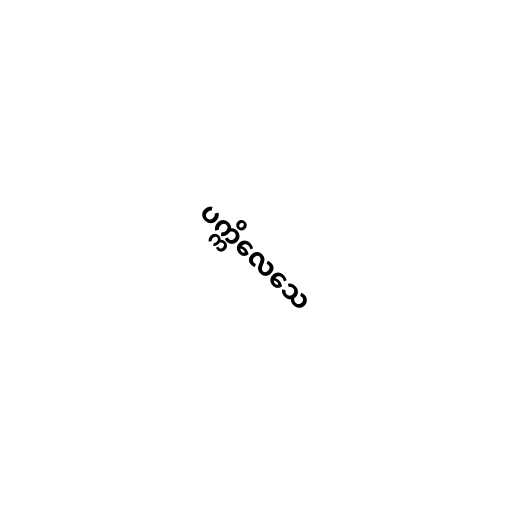
ပက္ကိလေသေ